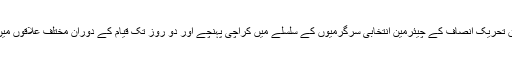
تفصیلات کے مطابق تحریک انصاف کے چیئرمین انتخابی سرگرمیوں کے سلسلے میں کراچی پہنچے اور دو روز تک قیام کے دوران مختلف علاقوں میں انتخابی مہم چلائی۔